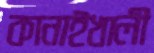
কানাইখালী